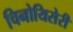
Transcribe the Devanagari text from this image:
चिनोयिसेरी